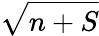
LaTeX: \sqrt{n+S}